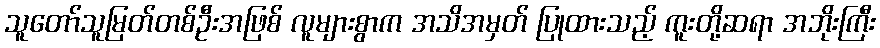
သူတော်သူမြတ်တစ်ဦးအဖြစ် လူများစွာက အသိအမှတ် ပြုထားသည့် ကူးတို့ဆရာ အဘိုးကြီး